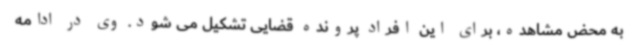
به محض مشاهده، برای این افراد پرونده قضایی تشکیل می شود. وی در ادامه